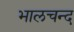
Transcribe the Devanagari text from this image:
भालचन्द